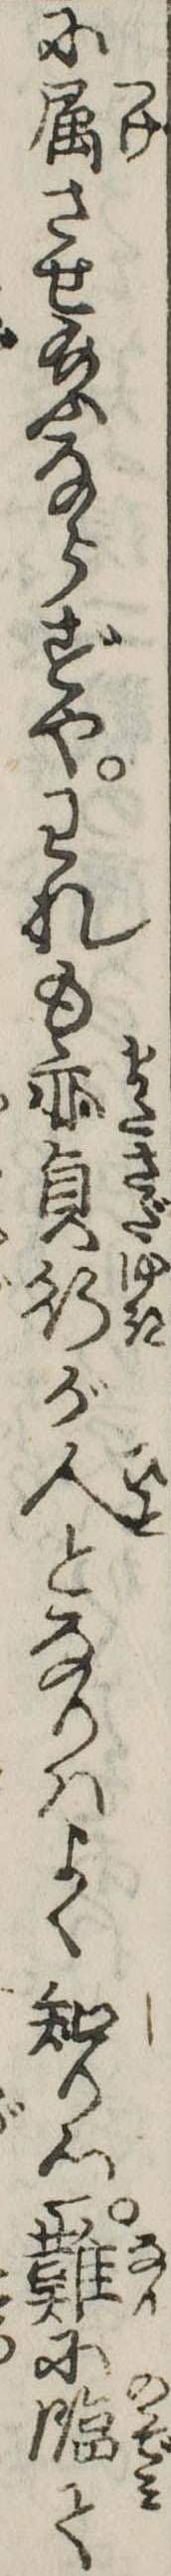
に属させ給ふならずやわれも亦貞行が人となりはよく知りつ難に臨て